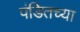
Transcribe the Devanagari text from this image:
पंडितच्या